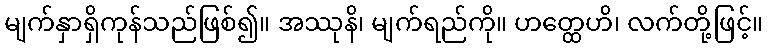
မျက်နှာရှိကုန်သည်ဖြစ်၍။ အဿုနိ၊ မျက်ရည်ကို။ ဟတ္ထေဟိ၊ လက်တို့ဖြင့်။